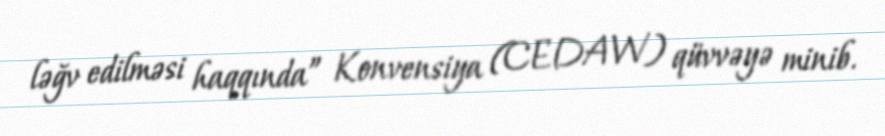
ləğv edilməsi haqqında” Konvensiya (CEDAW) qüvvəyə minib.